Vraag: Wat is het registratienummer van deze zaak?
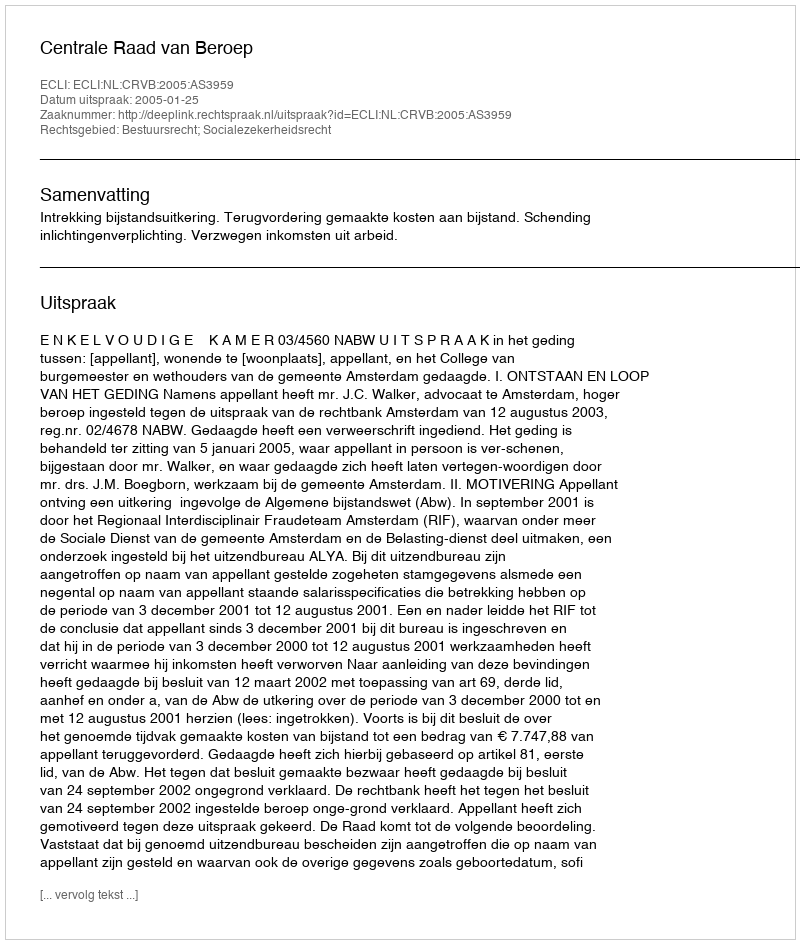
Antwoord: http://deeplink.rechtspraak.nl/uitspraak?id=ECLI:NL:CRVB:2005:AS3959